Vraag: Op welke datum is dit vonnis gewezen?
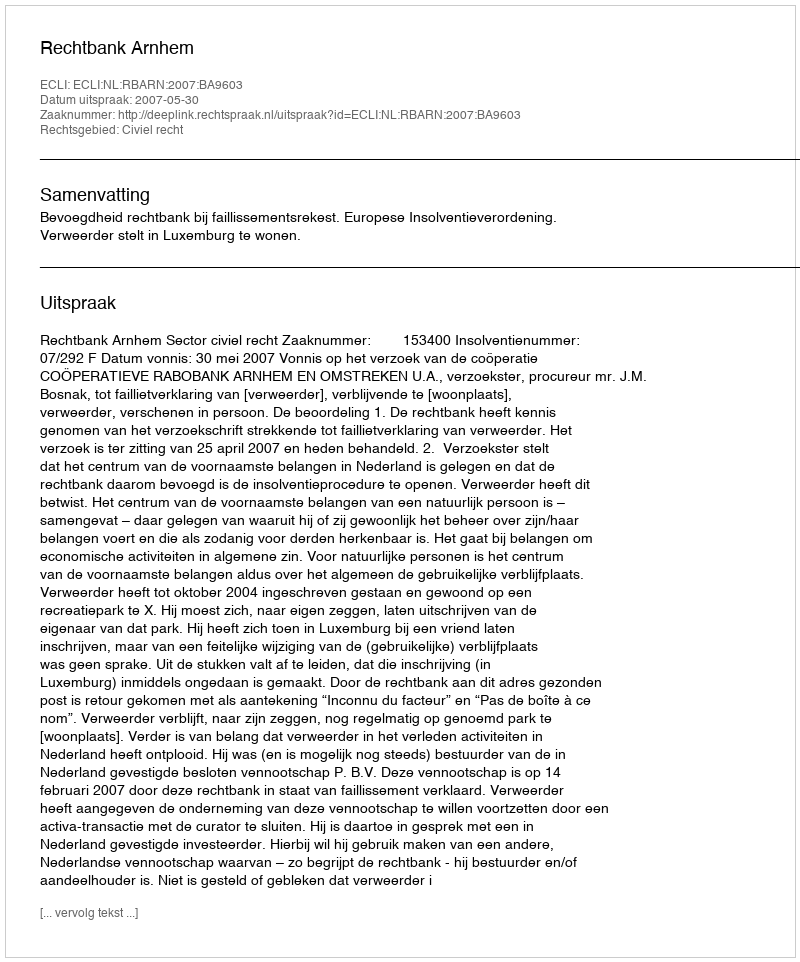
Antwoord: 2007-05-30